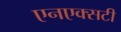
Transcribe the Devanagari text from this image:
एनएक्सटी